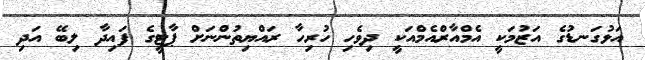
އަޅުގަނޑުގެ އަޒުމަކީ އެމްއާރްއެމްއަކީ ދިވެހި ހުރިހާ ރައްޔިތުންނަށް ޕާޓީގެ ފައިދާ ލިބޭ އަދި